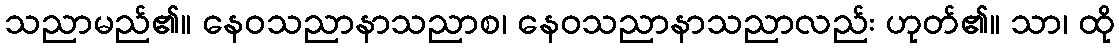
သညာမည်၏။ နေဝသညာနာသညာစ၊ နေဝသညာနာသညာလည်း ဟုတ်၏။ သာ၊ ထို